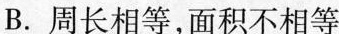
B.周长相等，面积不相等